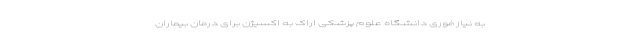
به نیاز فوری دانشگاه علوم پزشکی اراک به اکسیژن برای درمان بیماران